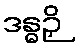
ဒန္ဓဉှိ